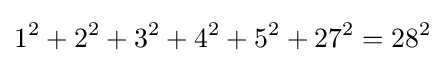
1^{2}+2^{2}+3^{2}+4^{2}+5^{2}+27^{2}=28^{2}